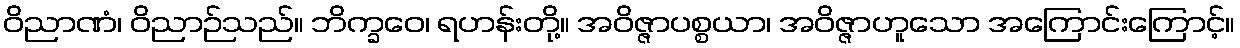
ဝိညာဏံ၊ ဝိညာဉ်သည်။ ဘိက္ခဝေ၊ ရဟန်းတို့။ အဝိဇ္ဇာပစ္စယာ၊ အဝိဇ္ဇာဟူသော အကြောင်းကြောင့်။